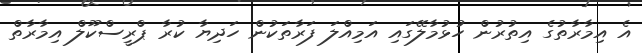
އެ އިމާރާތުގެ އިތުރުން ހުޅުމާލޭގައި އަމިއްލަ ފަރާތަކުން ހަދިޔާ ކުރާ ޕްރީސްކޫލް އިމާރާތް